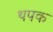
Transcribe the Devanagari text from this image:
थपक